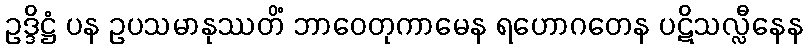
ဥဒ္ဒိဋ္ဌံ ပန ဥပသမာနုဿတိံ ဘာဝေတုကာမေန ရဟောဂတေန ပဋိသလ္လီနေန